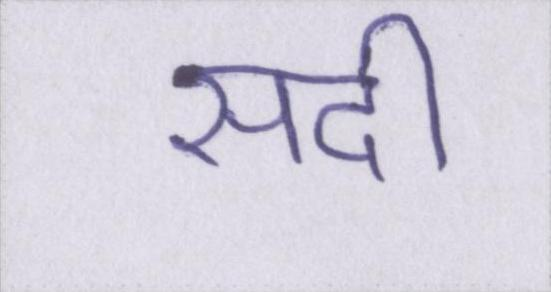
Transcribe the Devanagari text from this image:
सदी